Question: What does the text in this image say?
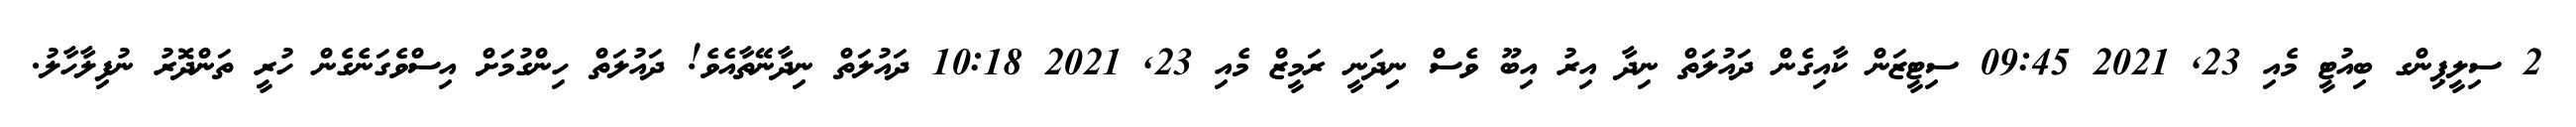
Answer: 2 ސިލީޕިންގ ބިއުޓީ މެއި 23, 2021 09:45 ސިޓީޒަން ކާއިގެން ދައުލަތް ނިދާ އިރު އިބޫ ވެސް ނިދަނީ ރަމީޒް މެއި 23, 2021 10:18 ދައުލަތް ނިދާނޭތާއެވެ! ދައުލަތް ހިންގުމަށް އިސްވެގަނެގެން ހުރީ ތަންދޮރު ނުފިލާހާލު.